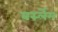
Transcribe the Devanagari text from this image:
बर्स्लेम